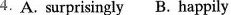
4.A. surprisingly B. happily